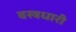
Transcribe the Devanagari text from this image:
वस्‍त्रधारी